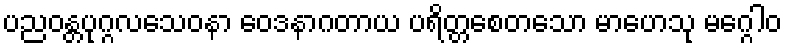
ပညဝန္တပုဂ္ဂလသေဝနာ ဝေဒနာဂတာယ ပရိတ္တစေတသော မာဟေသု မဂ္ဂေါဝ